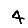
Digit: 4